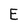
Character: E